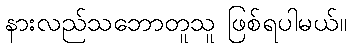
နားလည်သဘောတူသူ ဖြစ်ရပါမယ်။